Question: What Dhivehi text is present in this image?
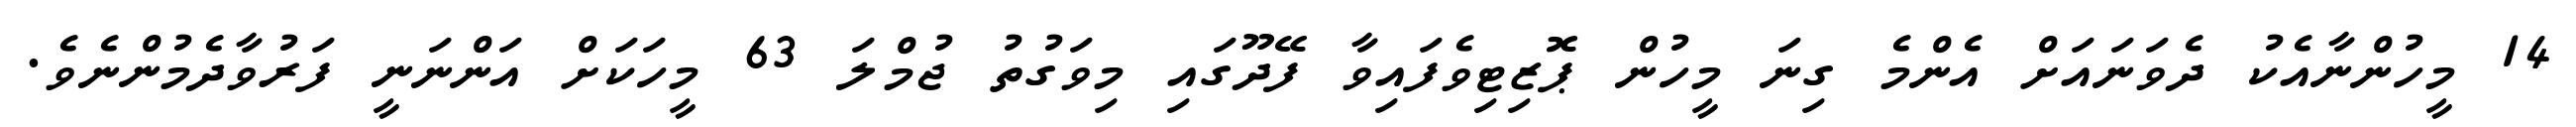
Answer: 14 މީހުންނާއެކު ދެވަނައަށް އެންމެ ގިނަ މީހުން ޕޮޒިޓިވެފައިވާ ފޭދޫގައި މިވަގުތު ޖުމްލަ 63 މީހަކަށް އަންނަނީ ފަރުވާދެމުންނެވެ.